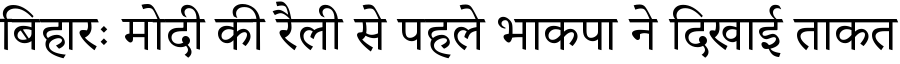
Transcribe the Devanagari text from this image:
बिहारः मोदी की रैली से पहले भाकपा ने दिखाई ताकत